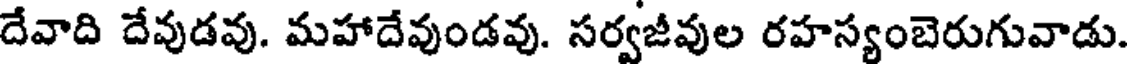
దేవాది దేవుడవు. మహాదేవుండవు. సర్వజీవుల రహస్యంబెరుగువాడు.